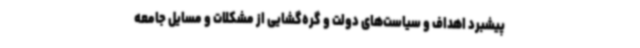
پیشبرد اهداف و سیاست‌های دولت و گره‌گشایی از مشکلات و مسایل جامعه